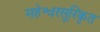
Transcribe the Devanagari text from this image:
महेश्वरसूरिकृत